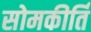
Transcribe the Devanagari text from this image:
सोमकीर्ति